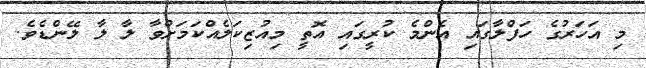
މި އަހަރުގެ ހަފްލާގައި އެންމެ ކުރީގައި އޮތީ މިއުޒިކަލެއްކަމަށްވާ ލާ ލާ ލޭންޑެވެ.